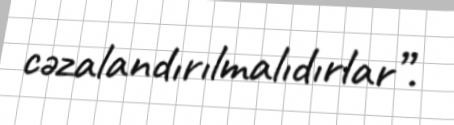
cəzalandırılmalıdırlar”.